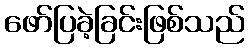
ဖော်ပြခဲ့ခြင်းဖြစ်သည်